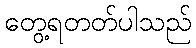
တွေ့ရတတ်ပါသည်